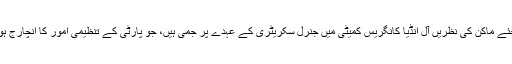
ادھر اجئے ماکن کی نظریں آل انڈیا کانگریس کمیٹی میں جنرل سکریٹری کے عہدے پر جمی ہیں، جو پارٹی کے تنظیمی امور کا انچارج ہوتا ہے۔